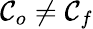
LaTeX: \mathcal{C}_{o}\neq\mathcal{C}_{f}